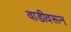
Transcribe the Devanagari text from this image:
वाडीवरून